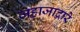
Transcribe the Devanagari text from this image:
जहाजाद्वारे